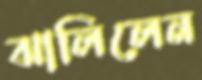
ঝালিলেন